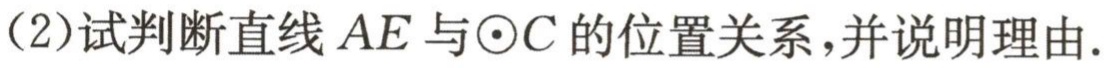
（2）试判断直线 \(AE\) 与\(\odot C\) 的位置关系，并说明理由.